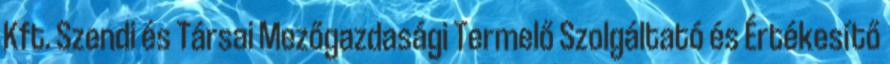
Kft. Szendi és Társai Mezőgazdasági Termelő Szolgáltató és Értékesítő